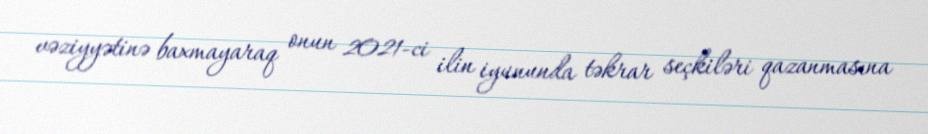
vəziyyətinə baxmayaraq onun 2021-ci ilin iyununda təkrar seçkiləri qazanmasına